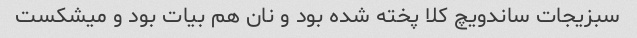
سبزیجات ساندویچ کلا پخته شده بود و نان هم بیات بود و میشکست